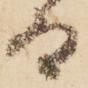
而